Annual report on the working of the Harcourt Butler Institute of Public Health, Rangoon
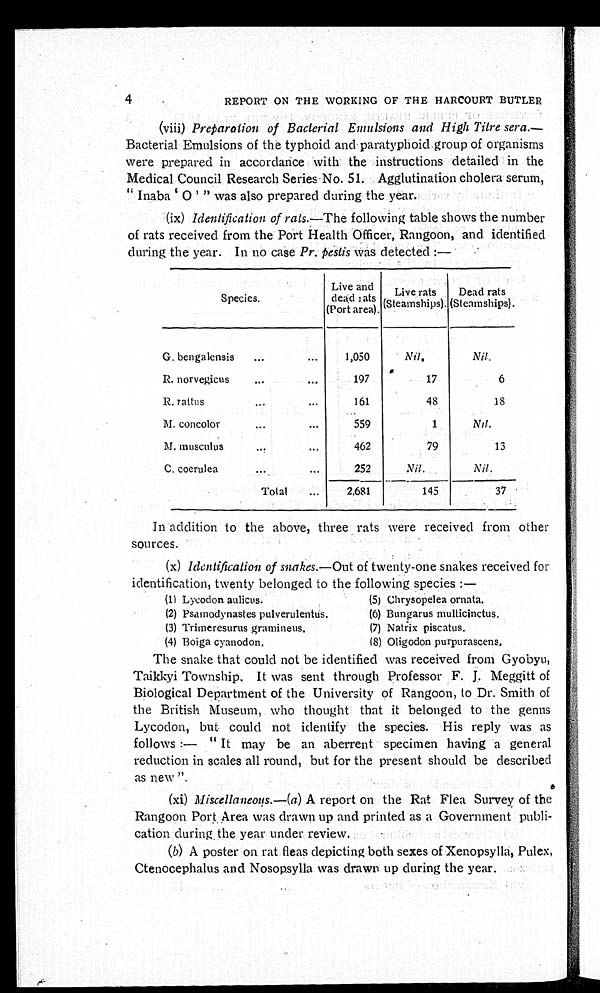
4
REPORT ON THE WORKING OF THE HARCOURT BUTLER
(viii) Preparation of Bacterial Emulsions and High Titre sera .—
Bacterial Emulsions of the typhoid and paratyphoid group of organisms
were prepared in accordance with the instructions detailed in the
Medical Council Research Series No. 51. Agglutination cholera serum,
"Inaba 'O' " was also prepared during the year.
(ix) Identification of rats .—The following table shows the number
of rats received from the Port Health Officer, Rangoon, and identified
during the year. In no case Pr. p estis was detected :— .
Species.
Live and
dead rats
(Port area).
Live rats
(Steamships).
Dead rats
(Steamships).
G. bengalensis
...
...
1,050
N i l .
N i l .
R. norvegicus
...
...
197
17
6
R. rattus
...
...
161
48
18
M. concolor
...
...
5 5 9
1
N i l .
M. musculus
...
...
4 6 2
79
13
C. coerulea
...
...
2 5 2
N i l .
N i l .
Total
...
2,681
145
37
In addition to the above, three rats were received from other
sources.
(x) Identification of snakes.—Out of twenty-one snakes received for
identification, twenty belonged to the following species : —
(1) Lycodon aulicus.
(5) Chrysopelea ornata.
(2) Psamodynastes pulverulentus.
(6) Bungarus multicinctus.
(3) Trimeresurus gramineus.
(7) Natrix piscatus.
(4) Boiga cyanodon.
(8) Oligodon purpurascens.
The snake that could not be identified was received from Gyobyu,
Taikkyi Township. It was sent through Professor F. J. Meggitt of
Biological Department of the University of Rangoon, to Dr. Smith of
the British Museum, who thought that it belonged to the genus
Lycodon, but could not identify the species. His reply was as
follows :— "It may be an aberrent specimen having a general
reduction in scales all round, but for the present should be described
as new ".
(xi) Miscellaneous .—(a) A report on the Rat Flea Survey of the
Rangoon Port Area was drawn up and printed as a Government publi-
cation during the year under review.
(b) A poster on rat fleas depicting both sexes of Xenopsylla, Pulex,
Ctenocephalus and Nosopsylla was drawn up during the year.